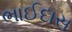
ભાઈદાસ